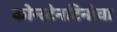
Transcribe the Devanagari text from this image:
कोन्स्टेनटिनोवा